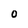
Character: 0